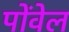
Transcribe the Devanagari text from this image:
पोंवेल